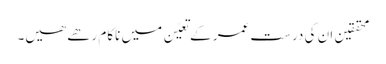
محققین ان کی درست عمر کے تعیّن میں ناکام رھے ھیں۔